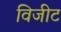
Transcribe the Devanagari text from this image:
विजीट